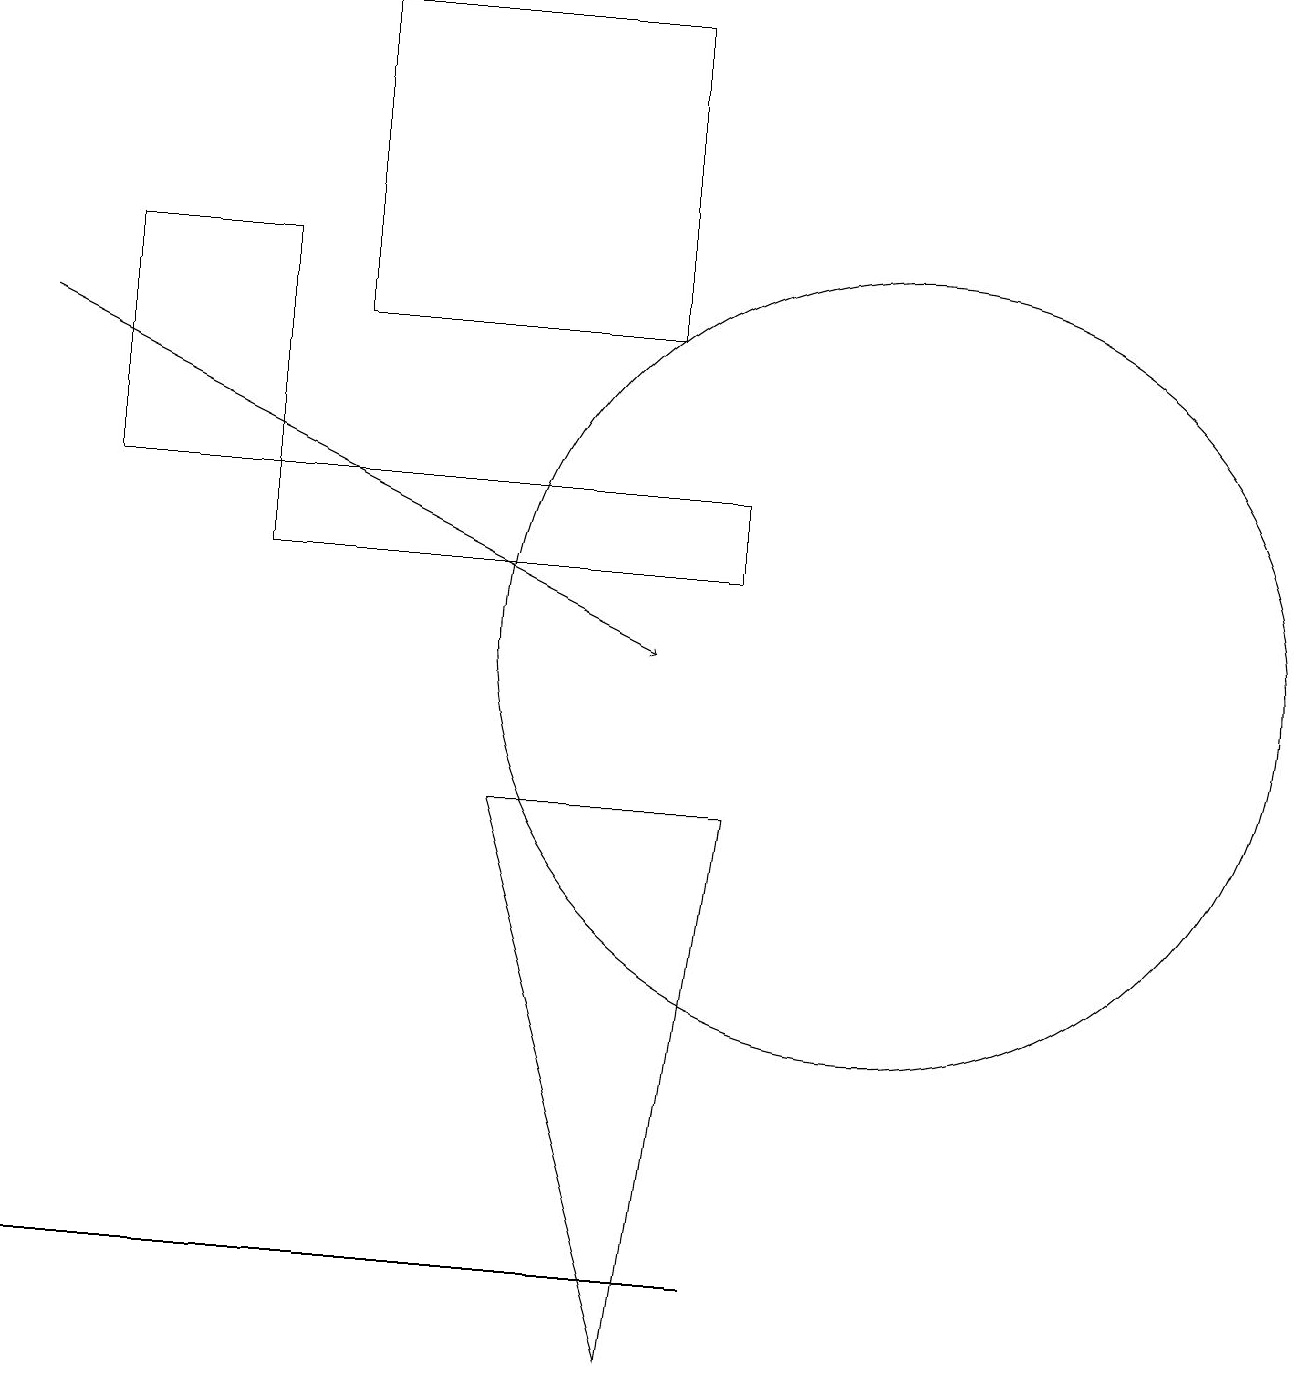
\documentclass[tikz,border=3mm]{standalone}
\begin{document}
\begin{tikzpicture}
\draw (9,12) rectangle (3,13);
\draw (8,19) rectangle (4,15);
\draw[->] (0,15) -- (8,11);
\draw (1,13) rectangle (3,16);
\draw (0,3) -- (7,3) -- (9,3) -- cycle;
\draw (11,11) circle (5);
\draw (9,9) -- (8,2) -- (6,9) -- cycle;
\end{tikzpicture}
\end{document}